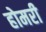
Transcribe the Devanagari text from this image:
होमरी